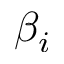
\beta _ { i }